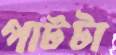
পাটটা